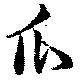
瓜